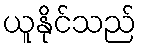
ယူနိုင်သည်